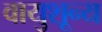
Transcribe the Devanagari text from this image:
वायुशून्य